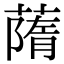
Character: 䔺